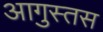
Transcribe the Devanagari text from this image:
आगुस्तस